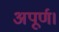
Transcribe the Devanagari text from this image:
अपूर्ण।